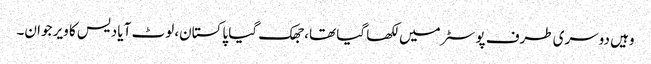
وہیں دوسری طرف پوسٹر میں لکھا گیا تھا، جھک گیا پاکستان، لوٹ آیا دیس کا ویر جوان۔